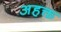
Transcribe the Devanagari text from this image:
अहक्त